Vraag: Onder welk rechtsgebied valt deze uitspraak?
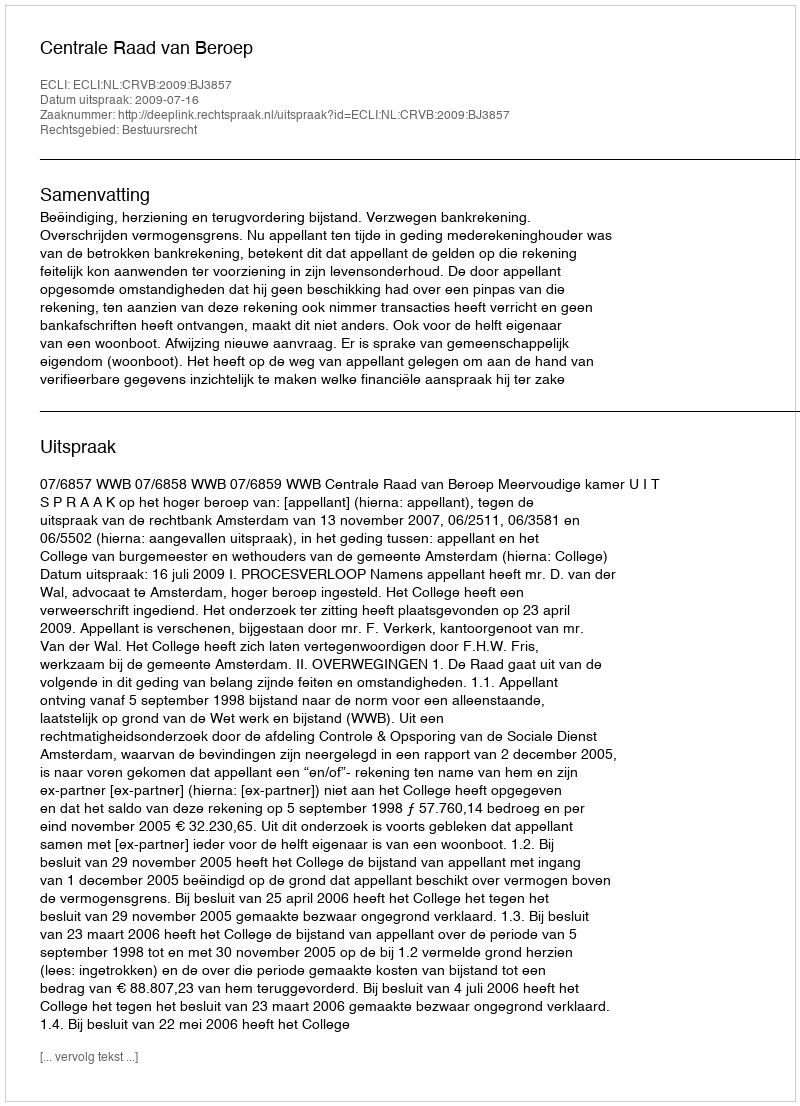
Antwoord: Bestuursrecht